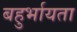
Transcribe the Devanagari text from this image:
बहुर्भायता